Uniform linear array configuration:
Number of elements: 32
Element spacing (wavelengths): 0.75
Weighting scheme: binomial
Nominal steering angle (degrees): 0
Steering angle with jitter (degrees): -0.9283
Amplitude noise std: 0.05
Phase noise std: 0.05

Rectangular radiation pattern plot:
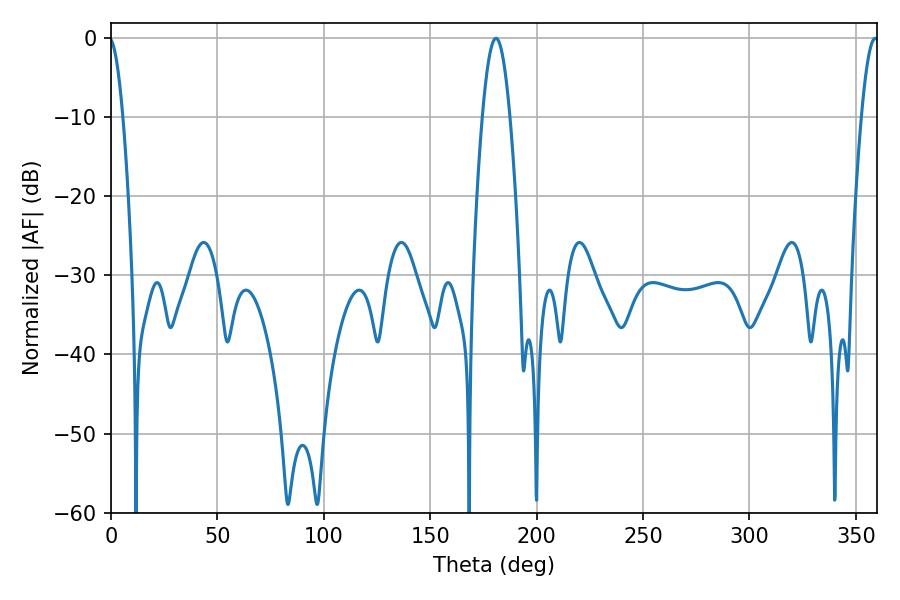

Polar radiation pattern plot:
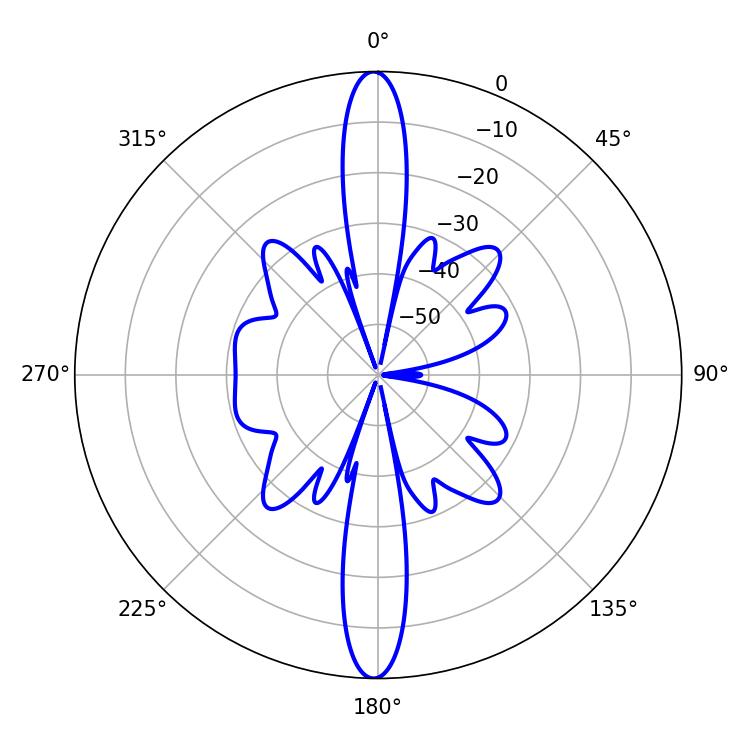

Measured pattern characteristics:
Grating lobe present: TRUE
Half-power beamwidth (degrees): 7.02
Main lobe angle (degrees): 180.9